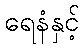
ရေနံနှင့်